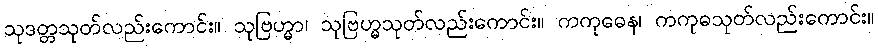
သုဒတ္တသုတ်လည်းကောင်း။ သုဗြဟ္မာ၊ သုဗြဟ္မသုတ်လည်းကောင်း။ ကကုဓေန၊ ကကုဓသုတ်လည်းကောင်း။